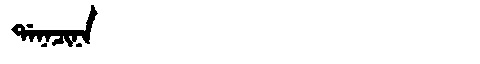
Manchu: ᡩᠠᠨᠠᠴᡳᠨᠠ
Romanization: DANACINA